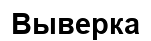
Выверка